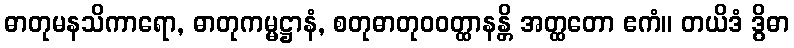
ဓာတုမနသိကာရော, ဓာတုကမ္မဋ္ဌာနံ, စတုဓာတုဝဝတ္ထာနန္တိ အတ္ထတော ဧကံ။ တယိဒံ ဒွိဓာ